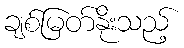
ချစ်မြတ်နိုးသည့်